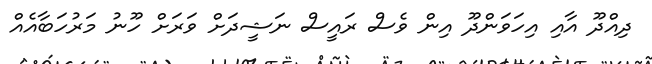
ދިއްދޫ އާއި އިހަވަންދޫ އިން ވެސް ރައީސް ނަޝީދަށް ވަރަށް ހޫނު މަރުހަބާއެއް